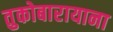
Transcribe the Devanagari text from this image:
तुकोबारायाना